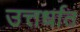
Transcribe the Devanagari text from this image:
उत्तर्धात